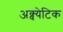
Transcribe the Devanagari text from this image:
अक्व्येटिक